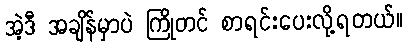
အဲ့ဒီ အချိန်မှာပဲ ကြိုတင် စာရင်းပေးလို့ရတယ်။